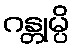
ဂန္တုမ္ပိ